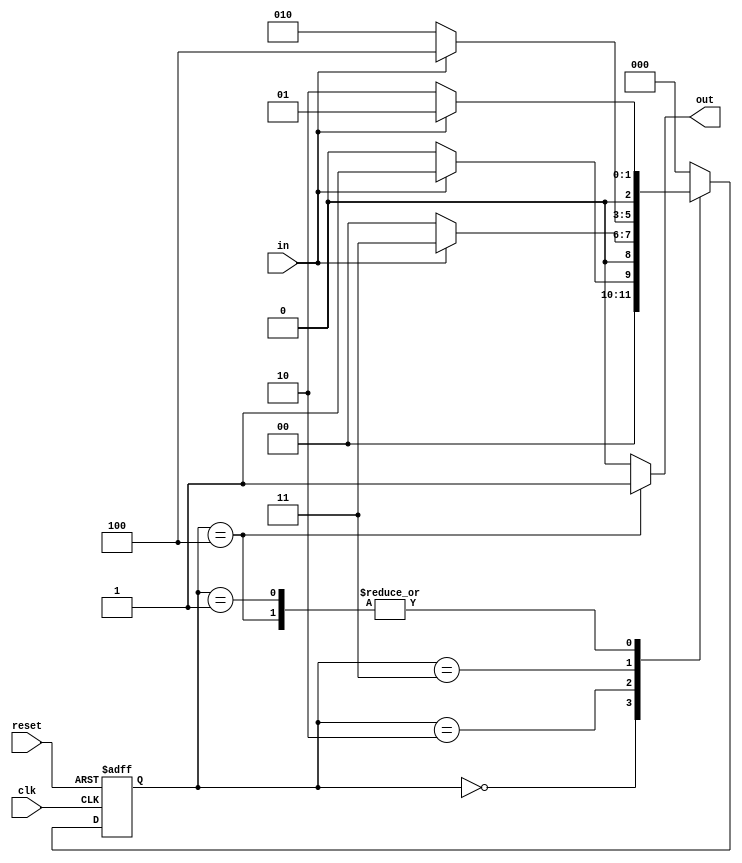
// sequence detector which uses finite state machine and this sequence detector is used to detect a 
// sequence of 1011 
module sequence_detector (
    input clk,
    input reset,
    input in,
    output reg out
);
    reg [2:0] state, next_state;

    // State encoding
    parameter S0 = 3'b000, S1 = 3'b001, S2 = 3'b010, S3 = 3'b011, S4 = 3'b100;

    // State transition
    always @(posedge clk or posedge reset) begin
        if (reset)
            state <= S0;
        else
            state <= next_state;
    end

    // Next state logic and output logic
    always @(*) begin
        case (state)
            S0: begin
                if (in) next_state = S1;
                else next_state = S0;
                out = 0;
            end
            S1: begin
                if (in) next_state = S1;
                else next_state = S2;
                out = 0;
            end
            S2: begin
                if (in) next_state = S3;
                else next_state = S0;
                out = 0;
            end
            S3: begin
                if (in) next_state = S4;
                else next_state = S2;
                out = 0;
            end
            S4: begin
                if (in) next_state = S1;
                else next_state = S2;
                out = 1;
            end
            default: begin
                next_state = S0;
                out = 0;
            end
        endcase
    end
endmodule